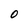
Character: O